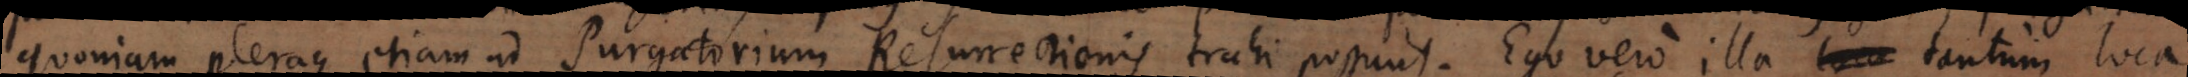
quoniam pleraque etiam ad Purgatorium Resurrectionis trahi possunt. Ego vero illa tantum loca